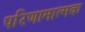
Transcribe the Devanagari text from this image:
परिणामात्‍मक